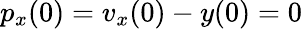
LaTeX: p_{x}(0)=v_{x}(0)-y(0)=0